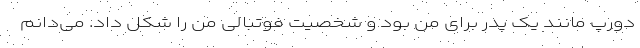
دورپ مانند یک پدر برای من بود و شخصیت فوتبالی من را شکل داد. می‌دانم